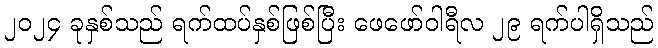
၂၀၂၄ ခုနှစ်သည် ရက်ထပ်နှစ်ဖြစ်ပြီး ဖေဖော်ဝါရီလ ၂၉ ရက်ပါရှိသည်